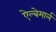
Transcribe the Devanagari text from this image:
ऐल्बेमार्ल